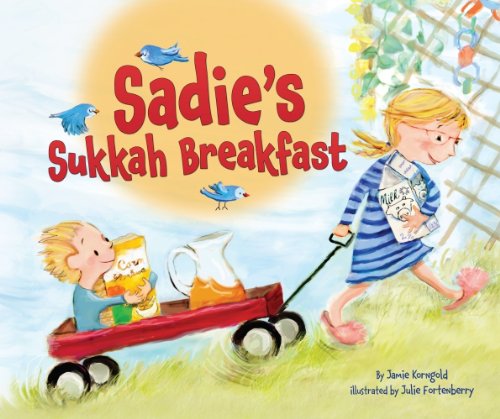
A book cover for Sadie's Sukkah Breakfast; Jamie S. Korngold; Children's Books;